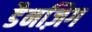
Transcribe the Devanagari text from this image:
डैनज़िग